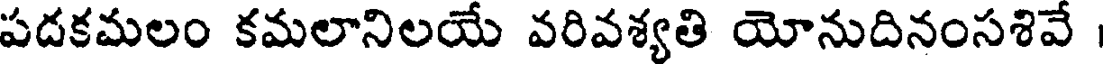
పదకమలం కమలానిలయే వరివశ్యతి యోనుదినంసశివే